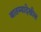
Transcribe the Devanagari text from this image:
बातम्यादेखील